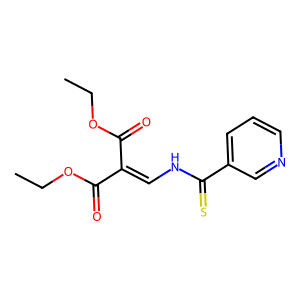
SMILES: CCOC(=O)C(=CNC(=S)c1cccnc1)C(=O)OCC
Inhibits HIV replication: No